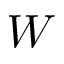
W